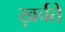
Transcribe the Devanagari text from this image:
ख़र्चते